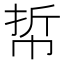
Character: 𢂼